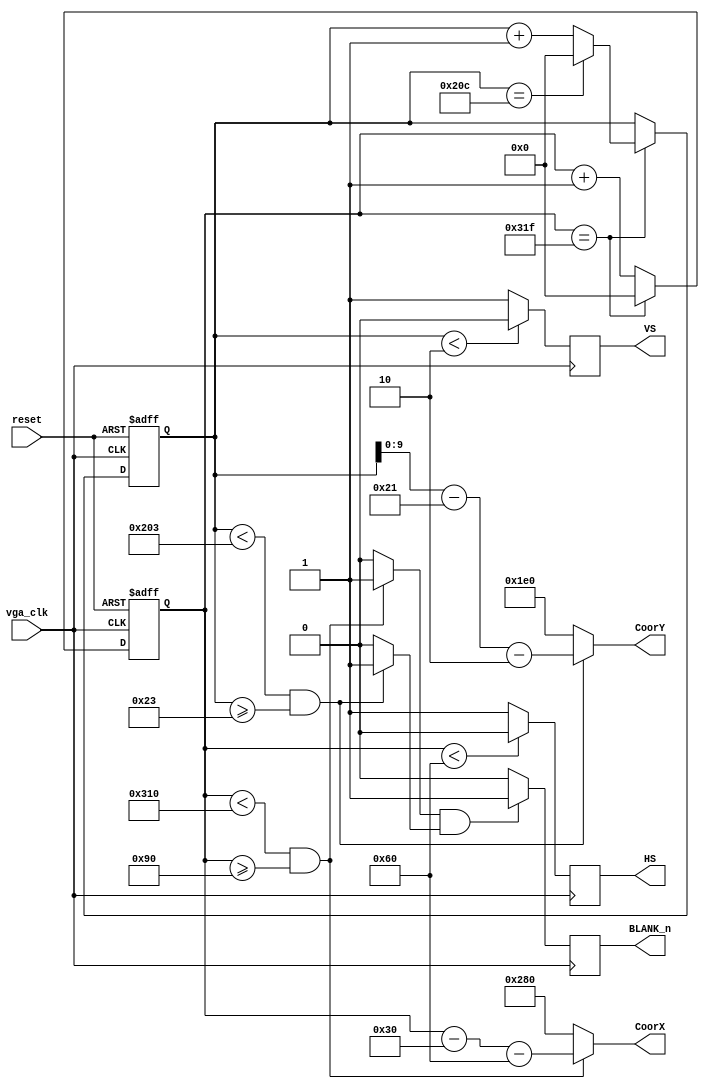
	module VGA_Controller(reset,
                      vga_clk,
                      BLANK_n,
                      HS,
                      VS,
		    		       CoorX,
		     		       CoorY);
                            
input reset;
input vga_clk;
output reg BLANK_n;
output reg HS;
output reg VS;
output [10:0] CoorX;
output [9:0] CoorY;



   
//Resoultion: 640x480

parameter hori_line  =800 ;       //Total number of clock period in a line including the visible and not visible                
parameter hori_back  =48;
parameter hori_front = 16;
parameter vert_line  =525 ;      //Total number of lines in a frame including the visible and not visible
parameter vert_back  = 33;
parameter vert_front =10 ;
parameter H_sync_cycle =96;
parameter V_sync_cycle =2 ;

//////////////////////////

reg  [10:0] h_cnt;
reg  [10:0] v_cnt;
wire cHD,cVD,cDEN,hori_valid,vert_valid;

////////////////////////
//Calculate CoorX and CoorY

assign CoorX  = (h_cnt<(hori_line-hori_front) &&h_cnt>=hori_back+H_sync_cycle)	?	h_cnt-hori_back-H_sync_cycle	:	11'd640;

assign CoorY  = (v_cnt<(vert_line-vert_front)&& v_cnt>=vert_back+V_sync_cycle)	?	v_cnt-vert_back-V_sync_cycle:	10'd480; 

//////////////////////////
//Calculate H_count and v_count

always@(negedge vga_clk,posedge reset)
begin
  if (reset)
  begin
     h_cnt<=11'd0;
     v_cnt<=10'd0;
  end
    else
    begin
      if (h_cnt==hori_line-1)
      begin 
         h_cnt<=0;
         if (v_cnt==vert_line-1)
            v_cnt<=0;
         else
            v_cnt<=v_cnt+1;
      end
      else
         h_cnt<=h_cnt+1;
    end
end

////////////////
//Calculate HS and VS

assign cHD = (h_cnt<H_sync_cycle)?1'b0:1'b1;
assign cVD = (v_cnt<V_sync_cycle)? 1'b0:1'b1 ;

///////////////////
//Calculate BLANK_N

assign hori_valid = (h_cnt<(hori_line-hori_front)&& h_cnt>=hori_back+H_sync_cycle)? 1'b1: 1'b0;
assign vert_valid = (v_cnt<(vert_line-vert_front)&& v_cnt>=vert_back+V_sync_cycle)? 1'b1:1'b0 ;

assign cDEN = hori_valid &&vert_valid?1'b1:1'b0;

//////////////Update values

always@(negedge vga_clk)
begin
  HS<=cHD;
  VS<=cVD;
  BLANK_n<=cDEN;
end

endmodule